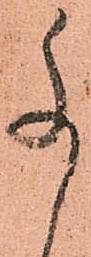
尚